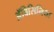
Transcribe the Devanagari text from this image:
अॅबिसिनिया